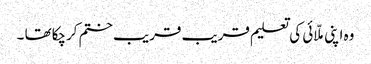
وہ اپنی ملّائی کی تعلیم قریب قریب ختم کرچکاتھا ۔